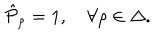
\hat { \cal P } _ { \rho } = 1 , \quad \forall \rho \in \Delta .